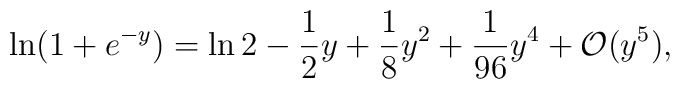
\ln ( 1 + e^{-y}) = \ln 2 - \frac{1}{2} y + \frac{1}{8} y^2 +\frac{1}{96} y^4 + {\cal O} (y^5),